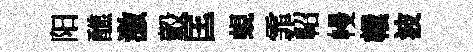
阳醮激轂匡蜆霏軺幔轘波